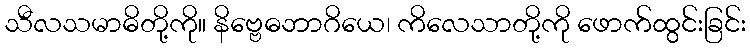
သီလသမာဓိတို့ကို။ နိဗ္ဗေဓဘာဂိယေ၊ ကိလေသာတို့ကို ဖောက်ထွင်းခြင်း